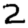
Digit: 2